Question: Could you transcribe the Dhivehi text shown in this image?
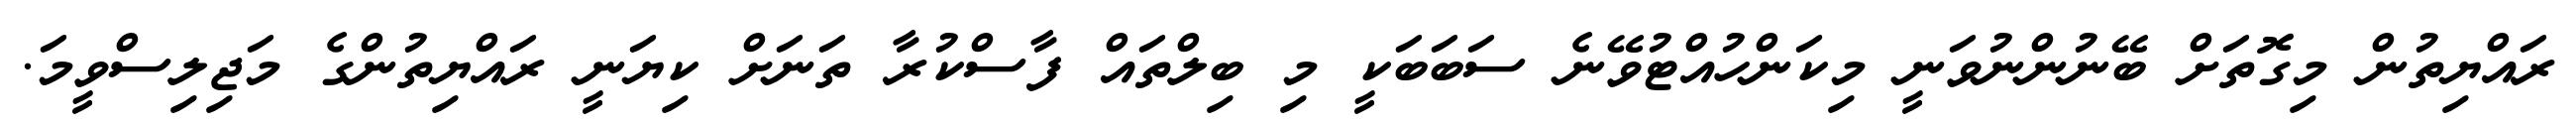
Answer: ރައްޔިތުން މިގޮތަށް ބޭނުންނުވަނީ މިކަންހުއްޓުވޭނެ ސަބަބަކީ މި ބިލްތައް ފާސްކުރާ ތަނަށް ކިޔަނީ ރައްޔިތުންގެ މަޖިލިސްވީމަ.